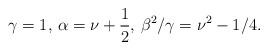
LaTeX: \begin{align*}\gamma=1,\,\alpha=\nu+\frac12,\,\beta^2 /\gamma=\nu^2-1/4.\end{align*}